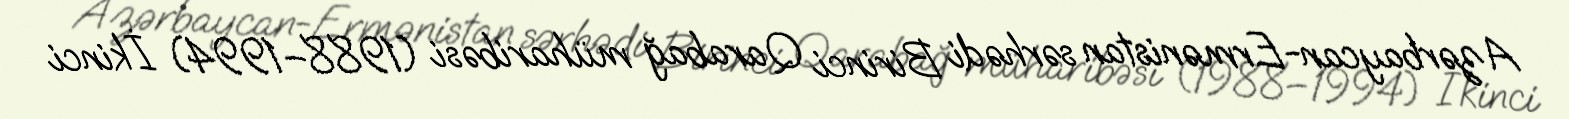
Azərbaycan-Ermənistan sərhədi Birinci Qarabağ müharibəsi (1988–1994) İkinci